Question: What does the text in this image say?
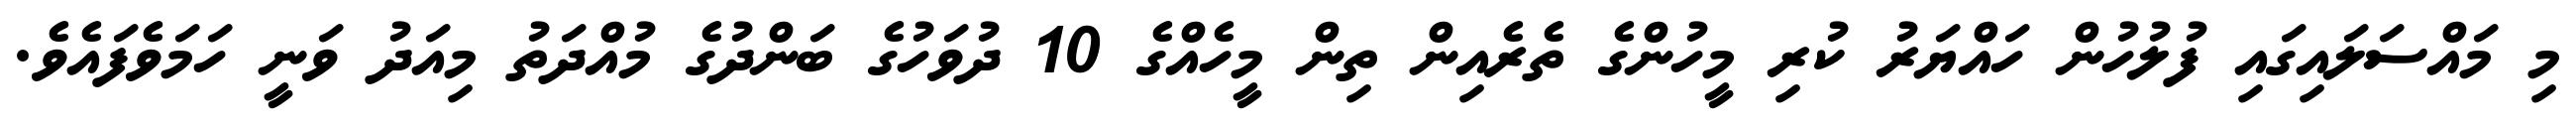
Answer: މި މައްސަލައިގައި ފުލުހުން ހައްޔަރު ކުރި މީހުންގެ ތެރެއިން ތިން މީހެއްގެ 10 ދުވަހުގެ ބަންދުގެ މުއްދަތު މިއަދު ވަނީ ހަމަވެފައެވެ.